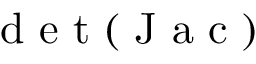
\mathrm { ~ d ~ e ~ t ~ } ( \mathrm { ~ J ~ a ~ c ~ } )